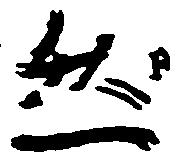
然